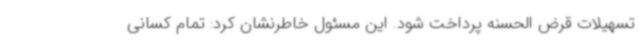
تسهیلات قرض الحسنه پرداخت ‌شود. این مسئول خاطرنشان کرد: تمام کسانی